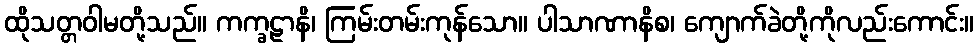
ထိုသတ္တဝါမတို့သည်။ ကက္ခဠာနိ၊ ကြမ်းတမ်းကုန်သော။ ပါသာဏာနိစ၊ ကျောက်ခဲတို့ကိုလည်းကောင်း။